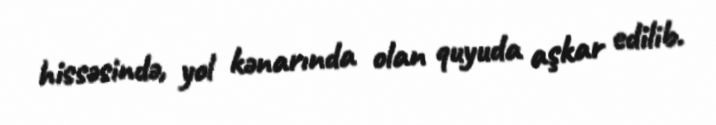
hissəsində, yol kənarında olan quyuda aşkar edilib.